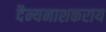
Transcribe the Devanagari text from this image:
दैन्यनाशकराय